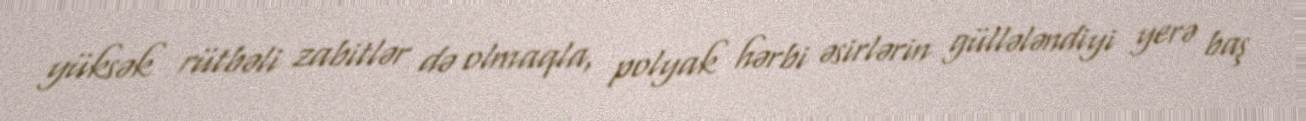
yüksək rütbəli zabitlər də olmaqla, polyak hərbi əsirlərin güllələndiyi yerə baş